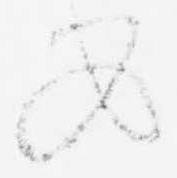
め